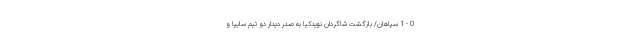
0 - 1 سپاهان/ بازگشت شاگردان نویدکیا به صدر دیدار دو تیم سایپا و